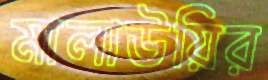
মালাউয়ির